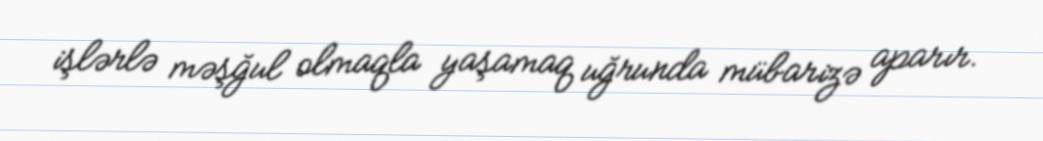
işlərlə məşğul olmaqla yaşamaq uğrunda mübarizə aparır.